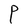
Character: P